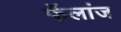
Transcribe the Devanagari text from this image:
फॅलांज